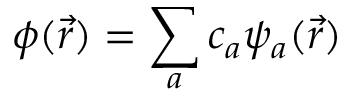
{ \phi ( \vec { r } ) = \sum _ { a } c _ { a } \psi _ { a } ( \vec { r } ) }